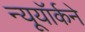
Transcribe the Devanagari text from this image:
न्यूयॉर्कने